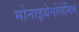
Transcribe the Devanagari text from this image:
मोनाइथेनोलेमिन